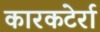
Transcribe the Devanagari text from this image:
कारकटेर्रा